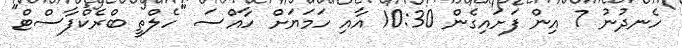
ހެނދުނު 7 އިން ފަށައިގެން 10:30 އާއި ހަމަޔަށް ހާއްސަ "ހެލްތީ ބްރެކްފާސްޓް"